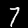
Digit: 7